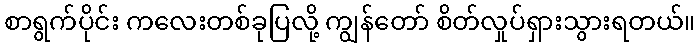
စာရွက်ပိုင်း ကလေးတစ်ခုပြလို့ ကျွန်တော် စိတ်လှုပ်ရှားသွားရတယ်။